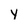
Character: y